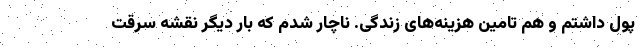
پول داشتم و هم تامین هزینه‌های زندگی. ناچار شدم که بار دیگر نقشه سرقت